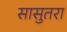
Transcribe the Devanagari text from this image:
सासुतरा